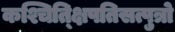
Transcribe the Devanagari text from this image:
कश्चित्क्षिपतिसत्पुत्रो